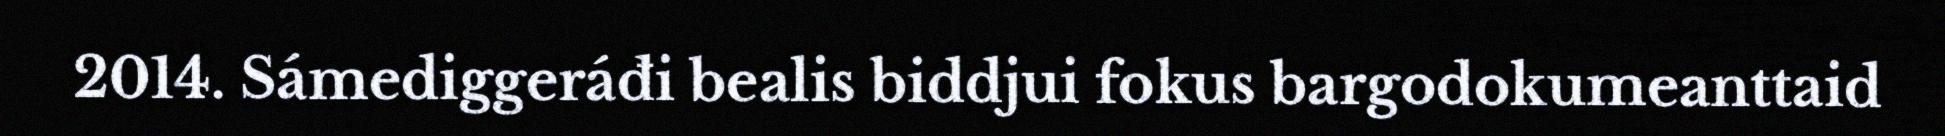
2014. Sámediggeráđi bealis biddjui fokus bargodokumeanttaid